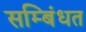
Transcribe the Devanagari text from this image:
सम्बिंधत